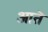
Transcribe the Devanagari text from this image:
आतॆ